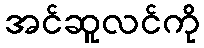
အင်ဆူလင်ကို